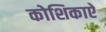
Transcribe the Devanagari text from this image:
कोशिकाऐ